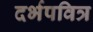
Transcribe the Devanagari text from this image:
दर्भपवित्र